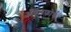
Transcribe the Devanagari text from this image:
अँपलफोर्थ